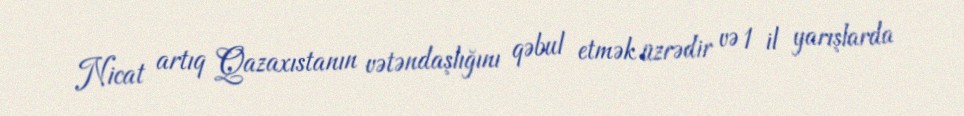
Nicat artıq Qazaxıstanın vətəndaşlığını qəbul etmək üzrədir və 1 il yarışlarda